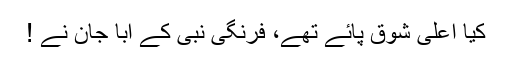
کیا اعلیٰ شوق پائے تھے، فرنگی نبی کے ابا جان نے !